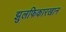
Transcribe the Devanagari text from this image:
झुलफिकारखान